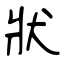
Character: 狀